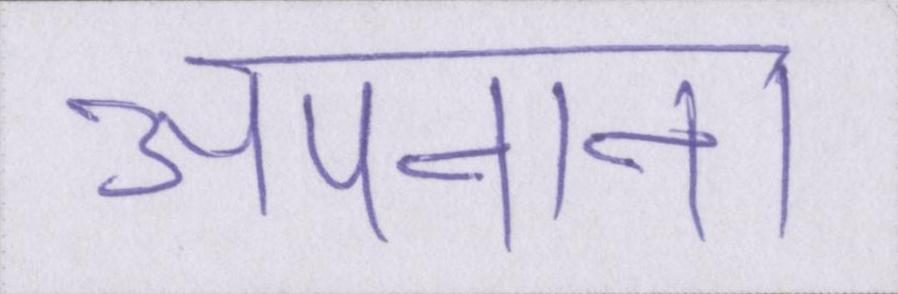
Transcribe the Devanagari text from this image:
अपनाना